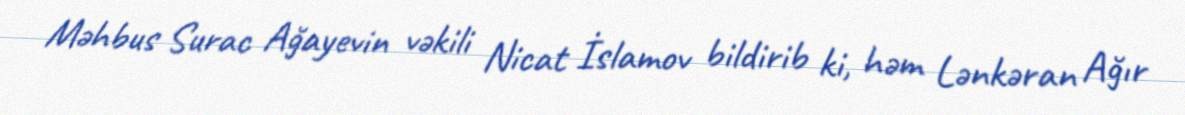
Məhbus Surac Ağayevin vəkili Nicat İslamov bildirib ki, həm Lənkəran Ağır